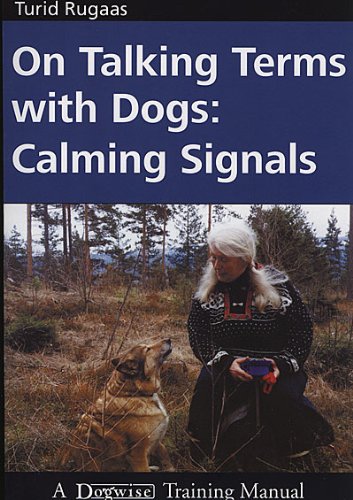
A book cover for On Talking Terms With Dogs: Calming Signals; Turid Rugaas; Crafts, Hobbies & Home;